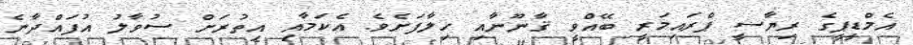
އެމްޑީޕީގެ ރިޔާސީ ޕްރައިމަރީ ބޭއްވީ ޤާނޫނާއި ހިލާފަށެވެ. އެކަމާއި އިތުރަށް ސުވާލު އުފައްދާނެ